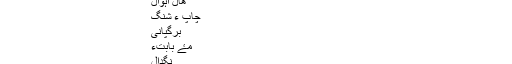
چاگردی دیوان ءَ ھوار بہ بیت
تہا بیا
باسکی کاگد | English - بلوچی‎ |
وانگى
ھال اہوال
چاپ ءُ شنگ
برگپانی
مۓ بابتءَ
نگدال
وہد ءُ پاس
رابتہ
وتی گپّ ءَ نبشتہ بکن ات، ءُ (اِنٹر) ءَ بجن ات پہ شوہاز
پروفیسر صبادشتیاریءِ ھشتمی سالروچ ءِ دیوانآہ!